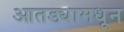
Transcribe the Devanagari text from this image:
आतड्यामधून